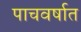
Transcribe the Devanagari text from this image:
पाचवर्षात